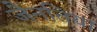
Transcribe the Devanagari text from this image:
जैनतिया